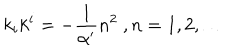
k _ { i } k ^ { i } = - \frac { 1 } { \alpha ^ { \prime } } n ^ { 2 } \ , n = 1 , 2 , \dots